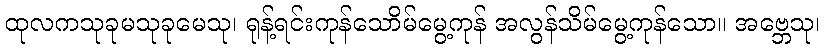
ထုလကသုခုမသုခုမေသု၊ ရုန့်ရင်းကုန်သောိမ်မွေ့ကုန် အလွန်သိမ်မွေ့ကုန်သော။ အဗ္ဘေသု၊